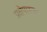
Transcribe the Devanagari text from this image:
प्रक्षेपास्त्रच